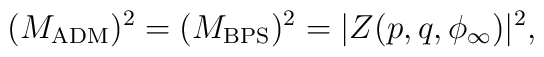
(M_{\rm ADM})^2 = (M_{\rm BPS })^2 = |Z(p,q, \phi_\infty)|^2,